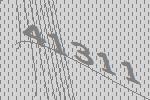
41311